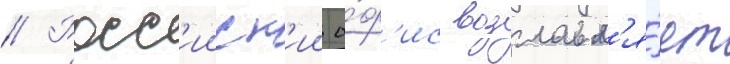
// Росс'ииск'ии о́ф'ис возглавл'я́ет